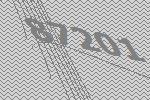
87201